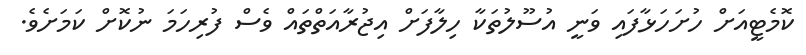
ކޮމެޓީއަށް ހުށަހަޅާފައި ވަނީ އުސޫލުތަކާ ހިލާފަށް އިޖުރާއަތްތައް ވެސް ފުރިހަމަ ނުކޮށް ކަމަށެވެ.